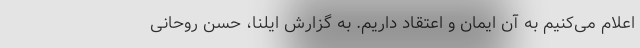
اعلام می‌کنیم به آن ایمان و اعتقاد داریم. به گزارش ایلنا، حسن روحانی